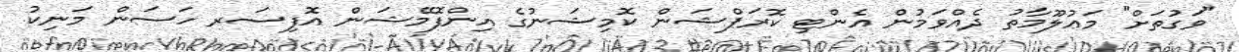
"ވަގުތަށް" މަޢުލޫމާތު ދެއްވަމުން އެންޓި ކޮރަޕްޝަން ކޮމިޝަނުގެ އިންފޮމޭޝަން އޮފިސަރ ހަސަން މަނިކު